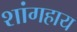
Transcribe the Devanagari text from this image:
शांगहाय